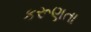
કરૂણતા